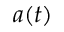
a ( t )